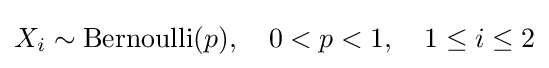
X_{i}\sim \mathrm {Bernoulli} (p),\quad 0<p<1,\quad 1\leq i\leq 2